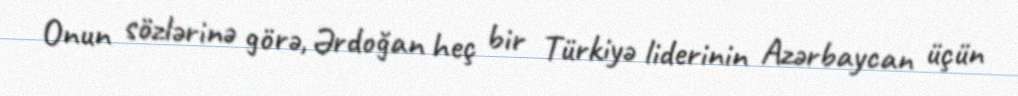
Onun sözlərinə görə, Ərdoğan heç bir Türkiyə liderinin Azərbaycan üçün